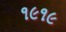
૧૯૧૯